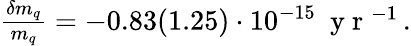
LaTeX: \begin{array}{r}{\frac{\delta m_{q}}{m_{q}}=-0.83(1.25)\cdot 10^{-15}\ \mathrm{~y~r~}^{-1}\, .}\end{array}